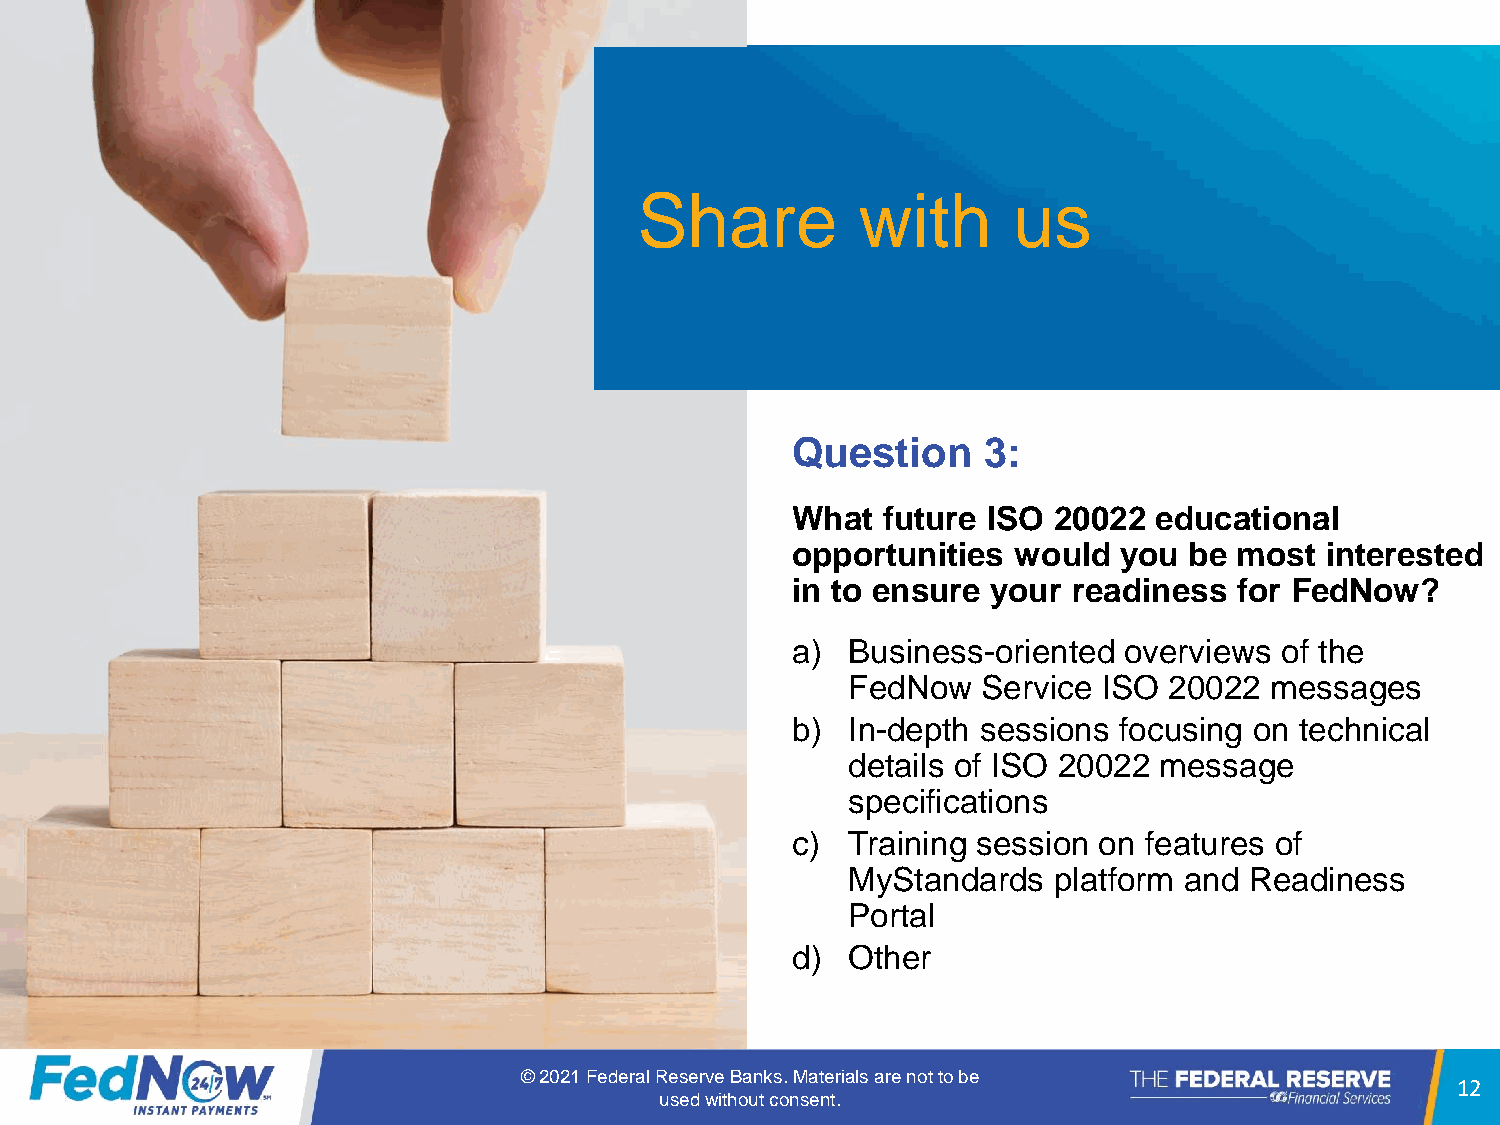
Share          with      us
 Question     3:
 What  future ISO  20022 educational
 opportunities  would  you  be most  interested
 in to ensure  your readiness  for FedNow?
 a)  Business-oriented overviews  of the
 FedNow   Service ISO 20022  messages
 b)  In-depth sessions focusing on technical
 details of ISO 20022 message
 specifications
 c)  Training session on features of
 MyStandards   platform and Readiness
 Portal
 d)  Other
 © 2021 Federal Reserve Banks. Materials are not to be
 12
 used without consent.